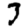
Digit: 7